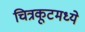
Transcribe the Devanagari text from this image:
चित्रकूटमध्ये